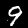
Digit: 9